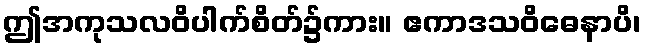
ဤအကုသလဝိပါက်စိတ်၌ကား။ ဧကာဒသဝိဓေနာပိ၊